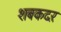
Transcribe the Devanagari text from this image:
शबकदर